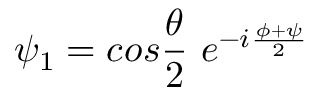
\psi _ { 1 } = c o s \frac { \theta } { 2 } ~ e ^ { - i \frac { \phi + \psi } { 2 } }